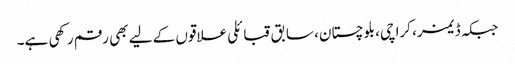
جبکہ ڈیمز، کراچی، بلوچستان، سابق قبائلی علاقوں کے لیے بھی رقم رکھی ہے۔